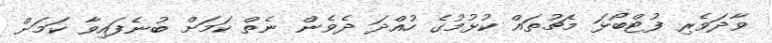
ވާދަވެރި ފުޓްބޯޅަ މެޗުތައް ކުޅުމުގެ ހުއްދަ ދެވެން ނެތް ކަމަށް ބުނެފައިވާ ކަމަށް